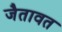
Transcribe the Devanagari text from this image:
जैतावत